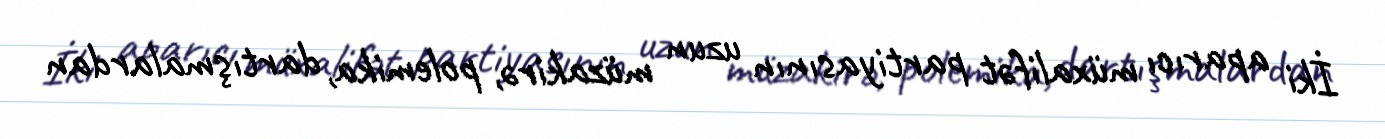
İki aparıcı müxalifət partiyasının uzun müzakirə, polemika, dartışmalardan